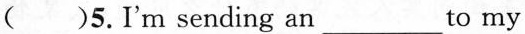
( )5.I'm sending an ___ to my